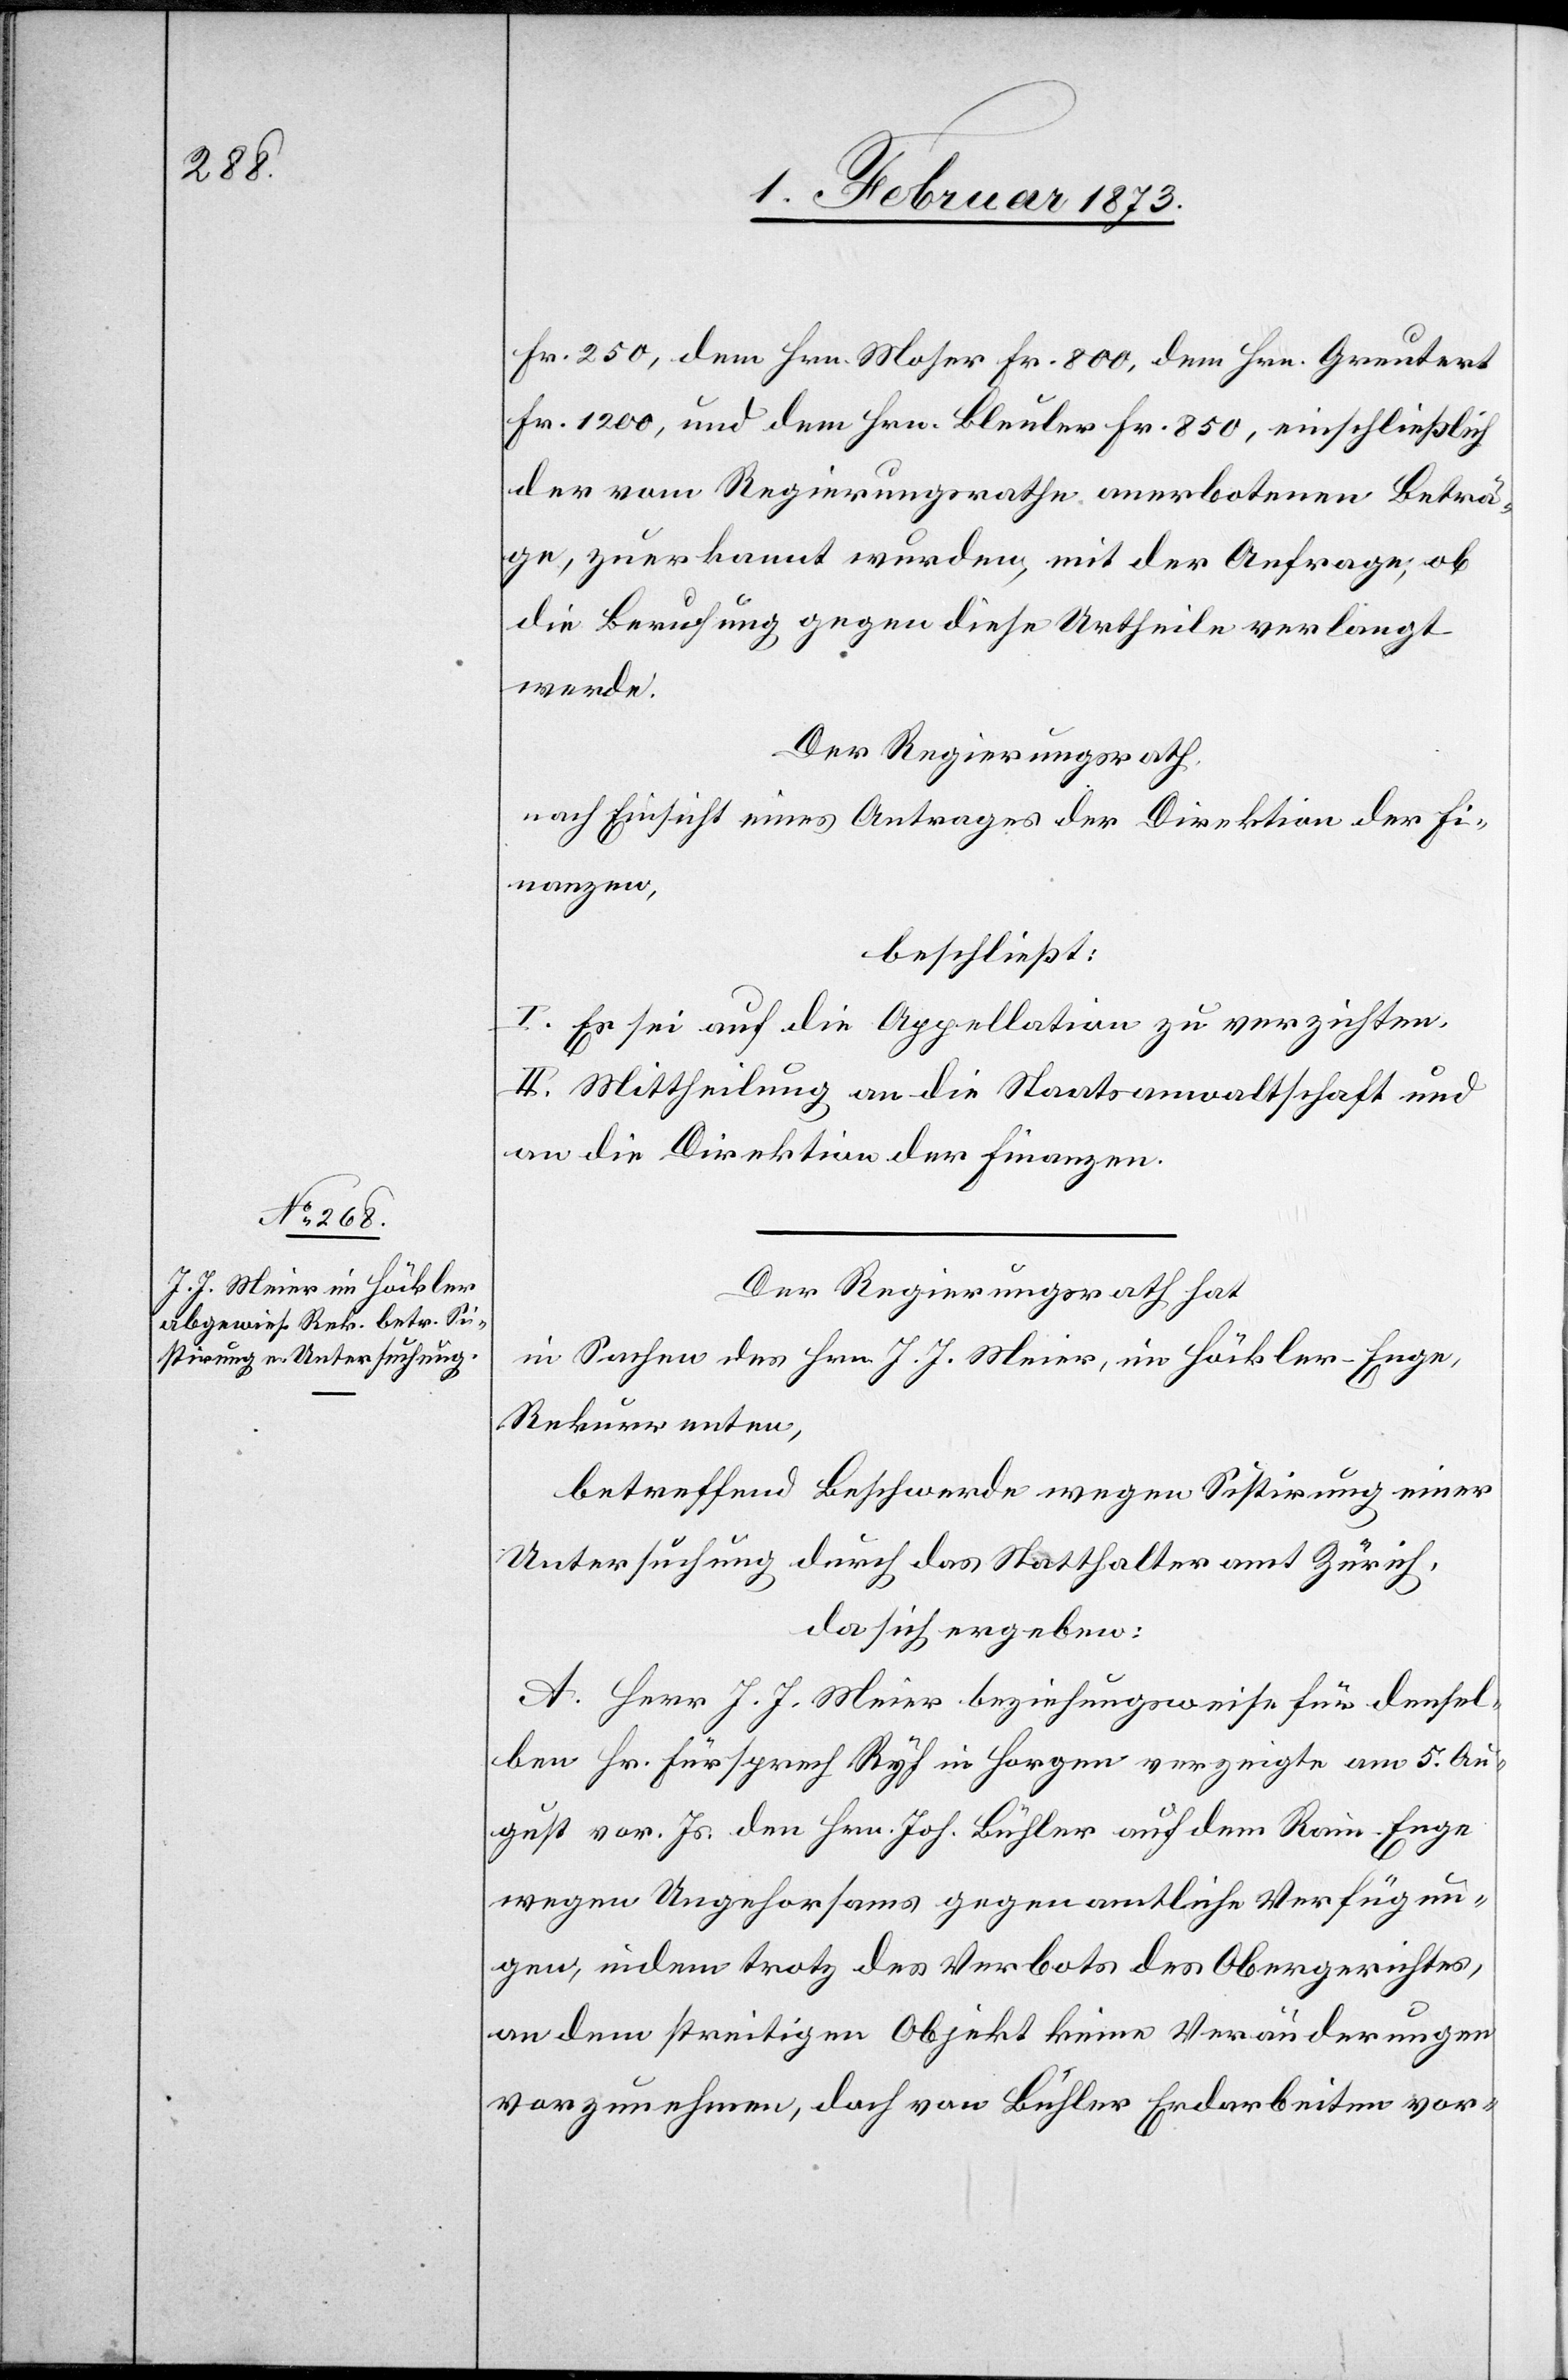
Fr. 250, dem Hrn. Moser Fr. 800, dem Hrn. Greutert
Fr. 1200, und dem Hrn. Bleuler Fr. 850, einschließlich
der vom Regierungsrathe anerbotenen Beträ¬
ge, zuerkannt wurden, mit der Anfrage, ob
die Berufung gegen diese Urtheile verlangt
werde.
Der Regierungsrath
nach Einsicht eines Antrages der Direktion der Fi¬
nanzen,
beschließt:
I. Es sei auf die Appellation zu verzichten.
II. Mittheilung an die Staatsanwaltschaft und
an die Direktion der Finanzen.
Der Regierungsrath hat
in Sachen des Hrn. J. J. Meier, im Höckler-Enge,
Rekurrenten,
betreffend Beschwerde wegen Sistirung einer
Untersuchung durch das Statthalteramt Zürich,
da sich ergeben:
A. Herr J. J. Meier beziehungsweise für densel¬
ben Hr. Fürsprech Ryf in Horgen verzeigte am 4. Au¬
gust vor. Js. den Hrn. Joh. Bühler auf dem Rain-Enge
wegen Ungehorsams gegen amtliche Verfügun¬
gen, indem trotz des Verbots des Obergerichtes,
an dem streitigen Objekt keine Veränderungen
vorzunehmen, doch von Bühler Erdarbeiten vor-